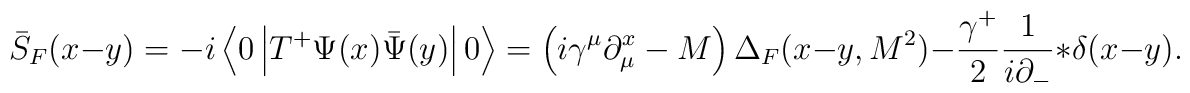
\bar{S}_F(x-y)  =  - i\left\langle 0 \left| T^{+} \Psi(x)\bar{\Psi}(y)\right| 0 \right\rangle = \left( i\gamma^\mu\partial_\mu^{x} - M\right) \Delta_F(x-y,M^2) - \frac{\gamma^{+}}{2}\frac{1}{i\partial_{-}}* \delta(x-y).